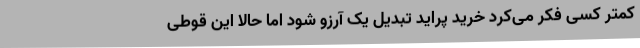
کمتر کسی فکر می‌کرد خرید پراید تبدیل یک آرزو شود اما حالا این قوطی